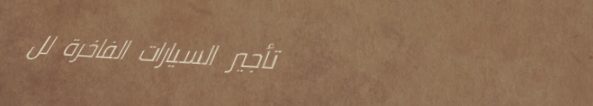
تأجير السيارات الفاخرة لل